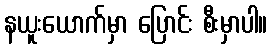
နယူးယောက်မှာ ပြောင်း စီးမှာပါ။